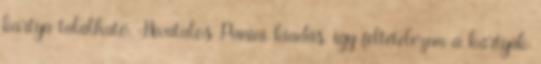
kártya található. Hivatalos Panini kiadás, így feltételezem a kártyák